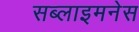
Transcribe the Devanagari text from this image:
सब्लाइमनेस